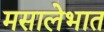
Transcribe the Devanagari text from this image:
मसालेभात